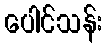
ပေါင်သန်း